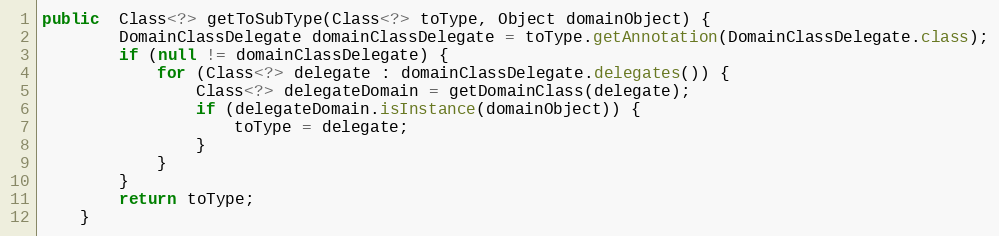
Language: Java
public  Class<?> getToSubType(Class<?> toType, Object domainObject) {
        DomainClassDelegate domainClassDelegate = toType.getAnnotation(DomainClassDelegate.class);
        if (null != domainClassDelegate) {
            for (Class<?> delegate : domainClassDelegate.delegates()) {
                Class<?> delegateDomain = getDomainClass(delegate);
                if (delegateDomain.isInstance(domainObject)) {
                    toType = delegate;
                }
            }
        }
        return toType;
    }